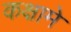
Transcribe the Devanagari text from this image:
कक्षामे